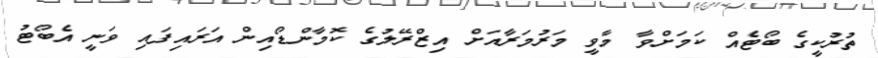
ތުރުކީގެ ބޯޓެއް ކަމަށްވާ މާވީ މަރުމަރާއަށް އިޒްރޭލުގެ ކޮމާންޑޯއިން އަރައިފައި ވަނީ އެބޯޓު